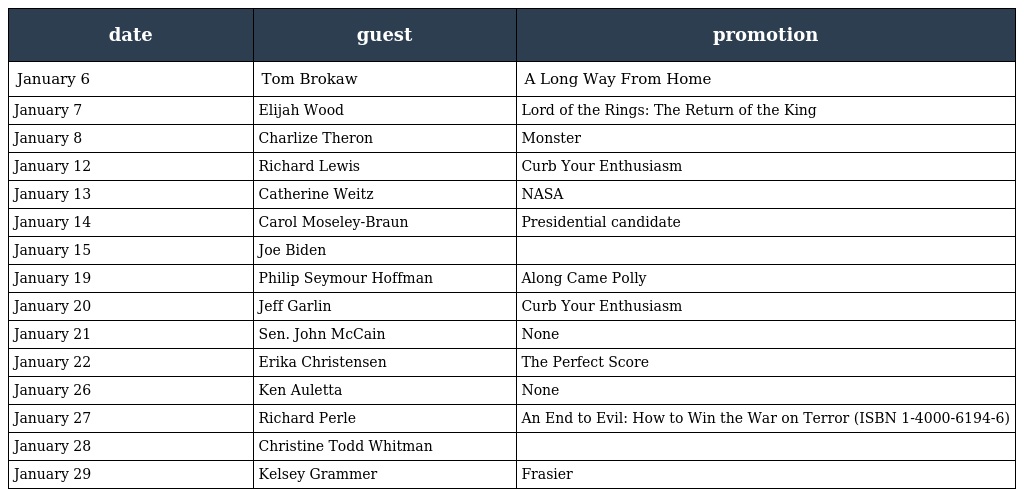
| date | guest | promotion |
 | --- | --- | --- |
 | January 6 | Tom Brokaw | A Long Way From Home |
 | January 7 | Elijah Wood | Lord of the Rings: The Return of the King |
 | January 8 | Charlize Theron | Monster |
 | January 12 | Richard Lewis | Curb Your Enthusiasm |
 | January 13 | Catherine Weitz | NASA |
 | January 14 | Carol Moseley-Braun | Presidential candidate |
 | January 15 | Joe Biden |  |
 | January 19 | Philip Seymour Hoffman | Along Came Polly |
 | January 20 | Jeff Garlin | Curb Your Enthusiasm |
 | January 21 | Sen. John McCain | None |
 | January 22 | Erika Christensen | The Perfect Score |
 | January 26 | Ken Auletta | None |
 | January 27 | Richard Perle | An End to Evil: How to Win the War on Terror (ISBN 1-4000-6194-6) |
 | January 28 | Christine Todd Whitman |  |
 | January 29 | Kelsey Grammer | Frasier |